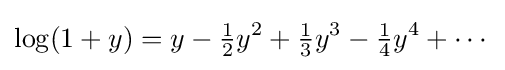
\log(1+y)=y-{\tfrac {1}{2}}y^{2}+{\tfrac {1}{3}}y^{3}-{\tfrac {1}{4}}y^{4}+\cdots